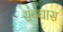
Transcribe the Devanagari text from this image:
संबधास